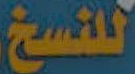
للنسخ